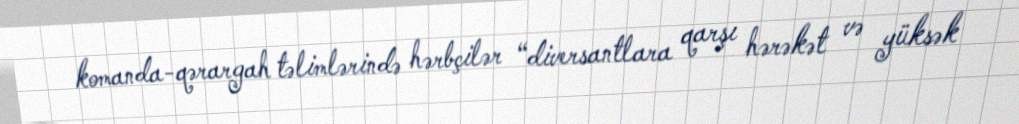
komanda-qərargah təlimlərində hərbçilər “diversantlara qarşı hərəkət və yüksək